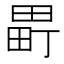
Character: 𬏈